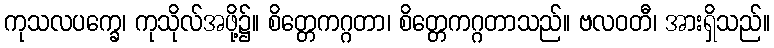
ကုသလပက္ခေ၊ ကုသိုလ်အဖို့၌။ စိတ္တေကဂ္ဂတာ၊ စိတ္တေကဂ္ဂတာသည်။ ဗလဝတီ၊ အားရှိသည်။